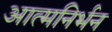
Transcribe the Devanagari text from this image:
आत्मनिर्भन